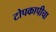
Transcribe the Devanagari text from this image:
टोपकापीचा